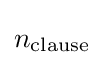
n_{\text{clause}}